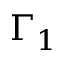
\Gamma _ { 1 }